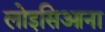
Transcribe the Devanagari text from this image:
लोइसिआना